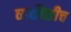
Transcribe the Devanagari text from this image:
व्यक्तीशीच